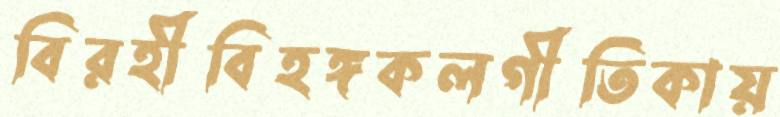
বিরহীবিহঙ্গকলগীতিকায়